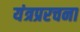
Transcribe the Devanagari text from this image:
यंत्रप्ररचना